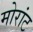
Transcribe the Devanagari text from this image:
मोरांट